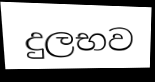
දුලභව